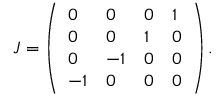
J = \left( \begin{array} { l l l l } { { 0 } } & { { 0 } } & { { 0 } } & { { 1 } } \\ { { 0 } } & { { 0 } } & { { 1 } } & { { 0 } } \\ { { 0 } } & { { - 1 } } & { { 0 } } & { { 0 } } \\ { { - 1 } } & { { 0 } } & { { 0 } } & { { 0 } } \end{array} \right) .